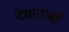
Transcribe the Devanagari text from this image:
देवताअाें